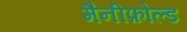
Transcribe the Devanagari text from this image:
मैनीफ़ोल्ड